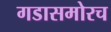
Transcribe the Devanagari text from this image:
गडासमोरच